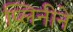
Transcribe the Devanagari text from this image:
प्लिनीने